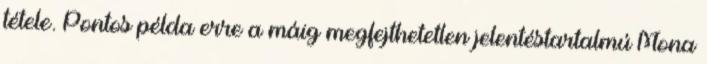
tétele. Pontos példa erre a máig megfejthetetlen jelentéstar­talmú Mona